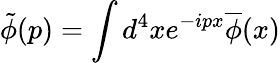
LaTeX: \tilde{\phi}(p)=\int d^{4}xe^{-ipx}\overline{{{\phi}}}(x)